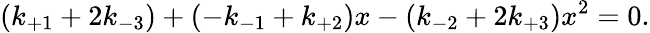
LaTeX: (k_{+1}+2k_{-3})+(-k_{-1}+k_{+2})x-(k_{-2}+2k_{+3})x^{2}=0.